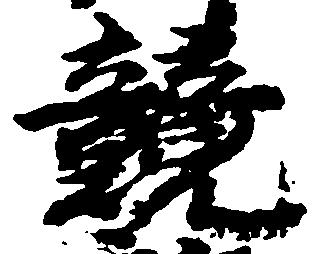
競